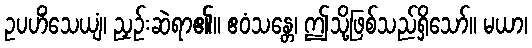
ဥပဟိံသေယျံ၊ ညှဉ်းဆဲရာ၏။ ဧဝံသန္တေ၊ ဤသို့ဖြစ်သည်ရှိသော်။ မယာ၊